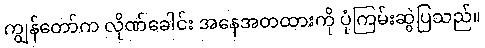
ကျွန်တော်က လိုဏ်ခေါင်း အနေအတထားကို ပုံကြမ်းဆွဲပြသည်။